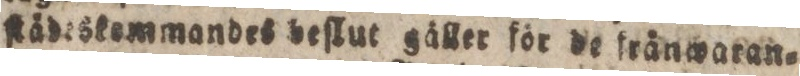
ſtädeskommandes beſlut gåller för de frånwaran=